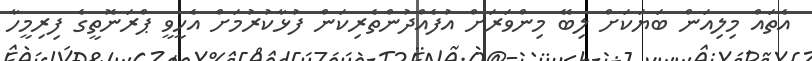
އެތައް މިލިއަން ބަޔަކަށް ލިބޭ މިންވަރަށް އުފެއްދުންތެރިކަން ފުޅާކުރުމަށް އެހީވީ ޕްރަނޮތީގެ ފިރިމީހާ